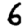
Digit: 6